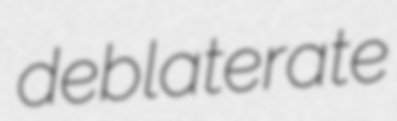
deblaterate